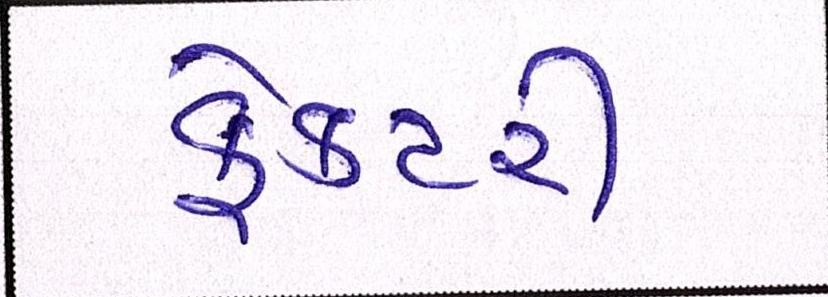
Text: ફેક્ટરી